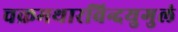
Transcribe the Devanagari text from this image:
चक्रमथारविन्दयुगुलं